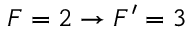
F = 2 \rightarrow F ^ { \prime } = 3